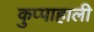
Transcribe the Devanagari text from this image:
कुप्पाहाली